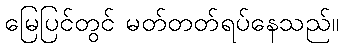
မြေပြင်တွင် မတ်တတ်ရပ်နေသည်။